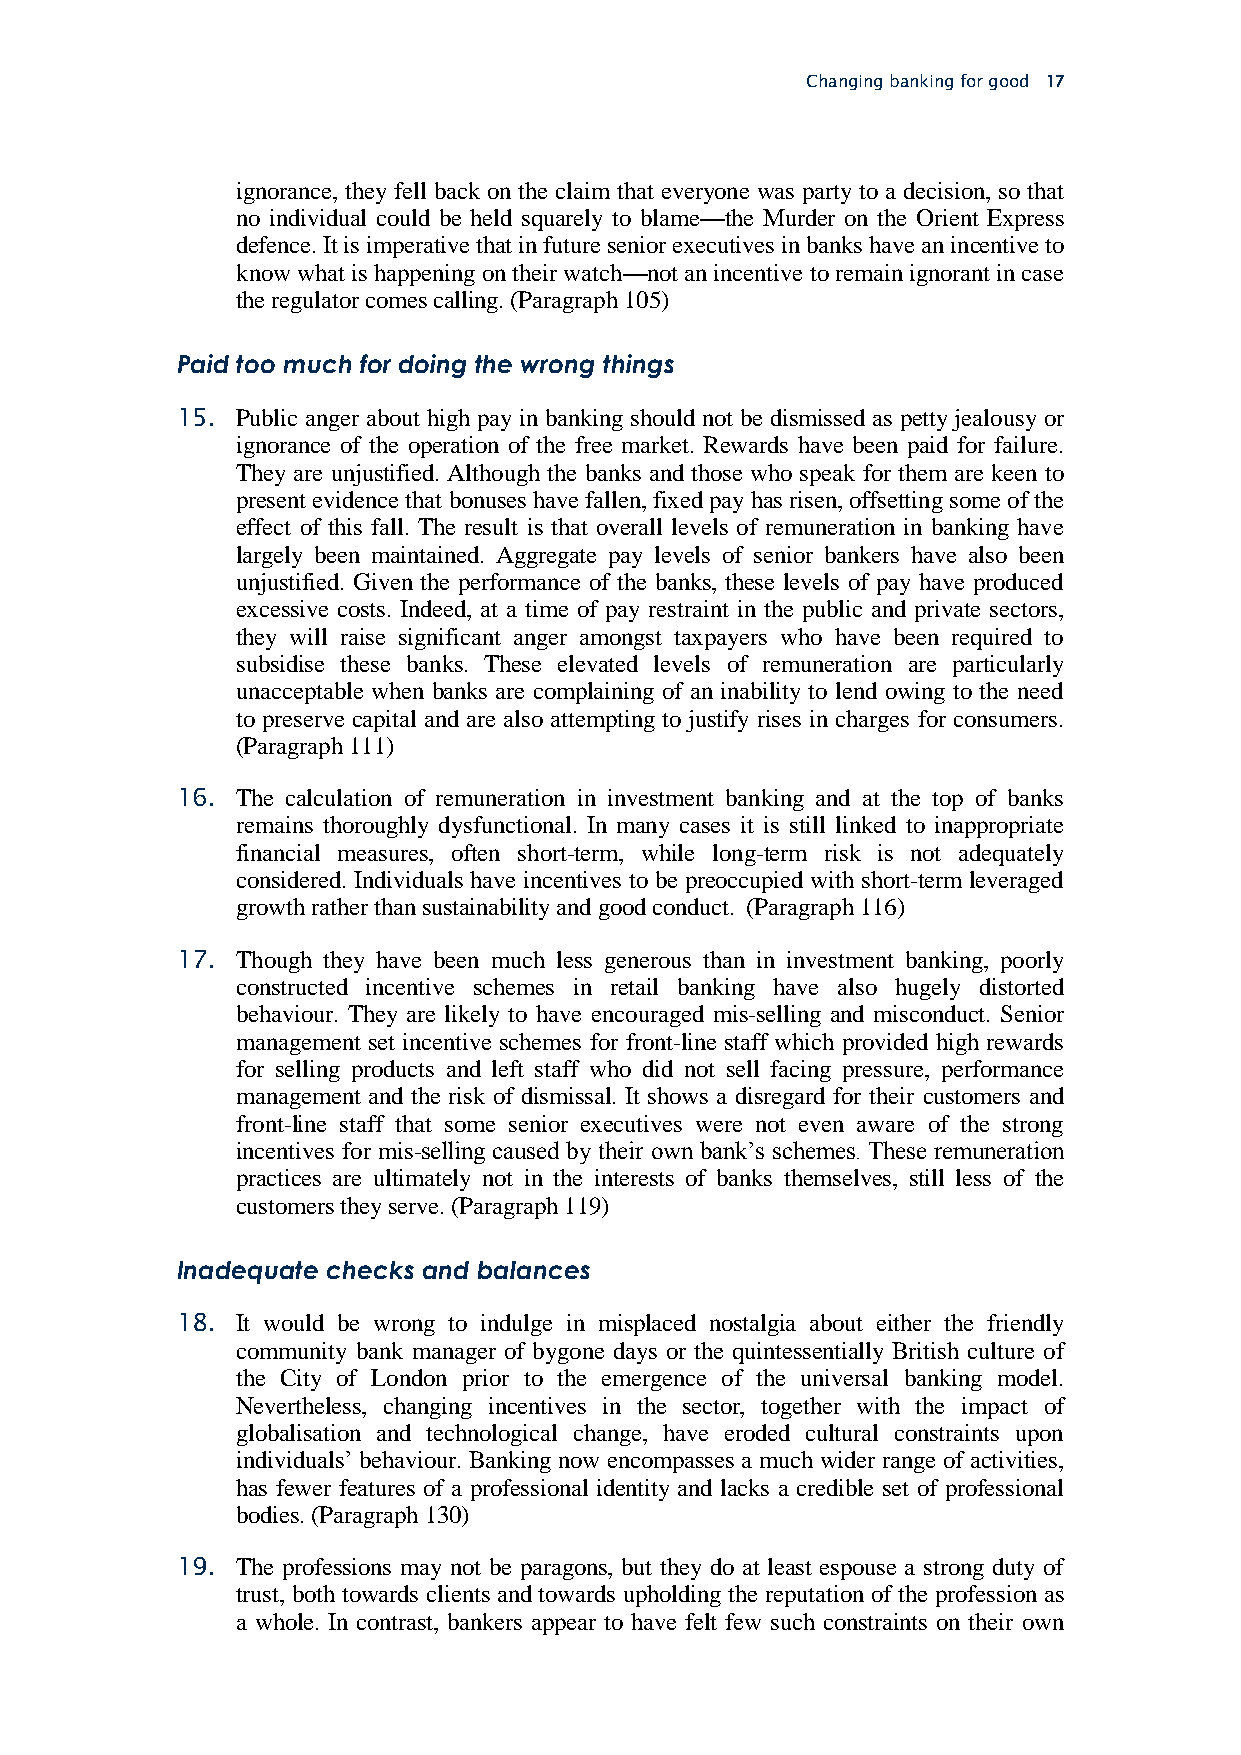
Changing banking for good 17
 ignorance, they fell back on the claim that everyone was party to a decision, so that
 no individual could be held squarely to blame—the Murder on the Orient Express
 defence. It is imperative that in future senior executives in banks have an incentive to
 know what is happening on their watch—not an incentive to remain ignorant in case
 the regulator comes calling. (Paragraph 105)
 Paid too much for doing the wrong things
 15. Public anger about high pay in banking should not be dismissed as petty jealousy or
 ignorance of the operation of the free market. Rewards have been paid for failure.
 They are unjustified. Although the banks and those who speak for them are keen to
 present evidence that bonuses have fallen, fixed pay has risen, offsetting some of the
 effect of this fall. The result is that overall levels of remuneration in banking have
 largely been maintained. Aggregate pay levels of senior bankers have also been
 unjustified. Given the performance of the banks, these levels of pay have produced
 excessive costs. Indeed, at a time of pay restraint in the public and private sectors,
 they will raise significant anger amongst taxpayers who have been required to
 subsidise these banks. These elevated levels of remuneration are particularly
 unacceptable when banks are complaining of an inability to lend owing to the need
 to preserve capital and are also attempting to justify rises in charges for consumers.
 (Paragraph 111)
 16. The calculation of remuneration in investment banking and at the top of banks
 remains thoroughly dysfunctional. In many cases it is still linked to inappropriate
 financial measures, often short-term, while long-term risk is not adequately
 considered. Individuals have incentives to be preoccupied with short-term leveraged
 growth rather than sustainability and good conduct. (Paragraph 116)
 17. Though they have been much less generous than in investment banking, poorly
 constructed incentive schemes in retail banking have also hugely distorted
 behaviour. They are likely to have encouraged mis-selling and misconduct. Senior
 management set incentive schemes for front-line staff which provided high rewards
 for selling products and left staff who did not sell facing pressure, performance
 management and the risk of dismissal. It shows a disregard for their customers and
 front-line staff that some senior executives were not even aware of the strong
 incentives for mis-selling caused by their own bank’s schemes. These remuneration
 practices are ultimately not in the interests of banks themselves, still less of the
 customers they serve. (Paragraph 119)
 Inadequate checks and balances
 18. It would be wrong to indulge in misplaced nostalgia about either the friendly
 community bank manager of bygone days or the quintessentially British culture of
 the City of London prior to the emergence of the universal banking model.
 Nevertheless, changing incentives in the sector, together with the impact of
 globalisation and technological change, have eroded cultural constraints upon
 individuals’ behaviour. Banking now encompasses a much wider range of activities,
 has fewer features of a professional identity and lacks a credible set of professional
 bodies. (Paragraph 130)
 19. The professions may not be paragons, but they do at least espouse a strong duty of
 trust, both towards clients and towards upholding the reputation of the profession as
 a whole. In contrast, bankers appear to have felt few such constraints on their own